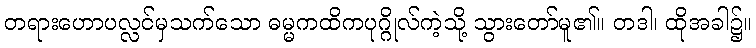
တရားဟောပလ္လင်မှသက်သော ဓမ္မကထိကပုဂ္ဂိုလ်ကဲ့သို့ သွားတော်မူ၏။ တဒါ၊ ထိုအခါ၌။